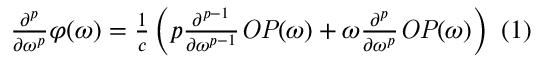
{ \begin{array} { c } { { \frac { { \partial } ^ { p } } { \partial { \omega } ^ { p } } } \varphi \mathrm { ( } \omega \mathrm { ) } = { \frac { 1 } { c } } \left( p { \frac { { \partial } ^ { p - 1 } } { \partial { \omega } ^ { p - 1 } } } { \it { O P } } \mathrm { ( } \omega \mathrm { ) } + \omega { \frac { { \partial } ^ { p } } { \partial { \omega } ^ { p } } } { \it { O P } } \mathrm { ( } \omega \mathrm { ) } \right) } \end{array} } ( 1 )